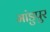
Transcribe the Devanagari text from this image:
मांडुपुर